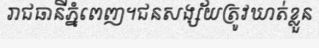
រាជធានីភ្នំពេញ។ជនសង្ស័យត្រូវឃាត់ខ្លួន